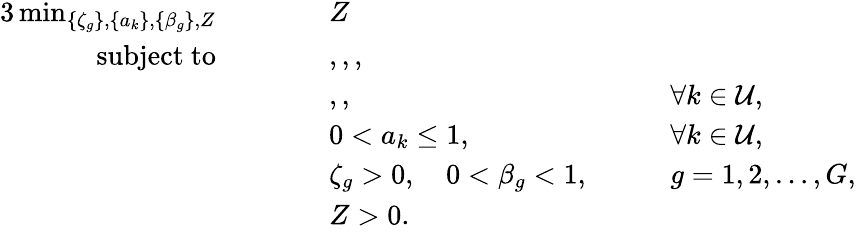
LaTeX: \begin{array}{rlrlrl}{{3}\operatorname*{min}_{\{ \zeta_{g}\} ,\{ a_{k}\} ,\{ \beta_{g}\} ,Z}}&{\quad}&&{Z}&&{}\\ {\mathrm{subject~to}}&{}&&{,,,}&&{}\\ &{}&&{,,}&{\quad}&{\forall k\in\mathcal{U},}\\ &{}&&{0<a_{k}\leq 1,}&{\quad}&{\forall k\in\mathcal{U},}\\ &{}&&{\zeta_{g}>0,\quad 0<\beta_{g}<1,}&{\quad}&{g=1,2,\ldots,G,}\\ &{}&&{Z>0.}&&{}\end{array}